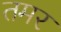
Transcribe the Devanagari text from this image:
तमर